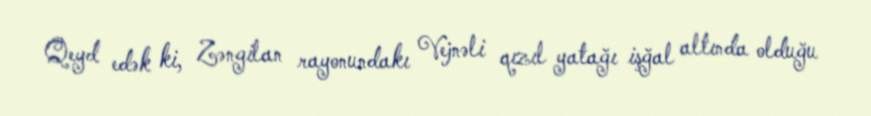
Qeyd edək ki, Zəngilan rayonundakı Vejnəli qızıl yatağı işğal altında olduğu